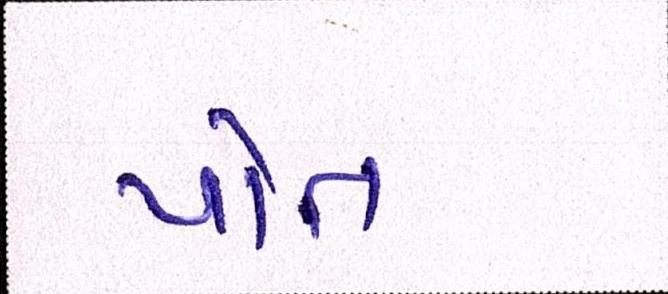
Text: પોત